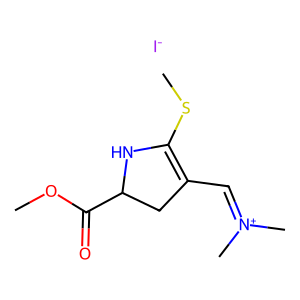
SMILES: COC(=O)C1CC(C=[N+](C)C)=C(SC)N1.[I-]
Inhibits HIV replication: No